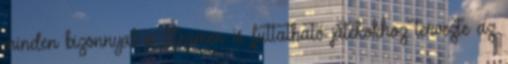
minden bizonnyal a Steamen is futtatható játékokhoz tervezte az